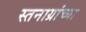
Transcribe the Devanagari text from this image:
स्तनाग्रांच्या